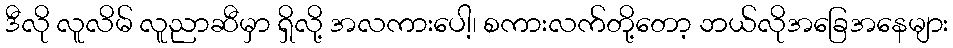
ဒီလို လူလိမ် လူညာဆီမှာ ရှိလို့ အလကားပေါ့၊ စကားလက်တို့တော့ ဘယ်လိုအခြေအနေများ